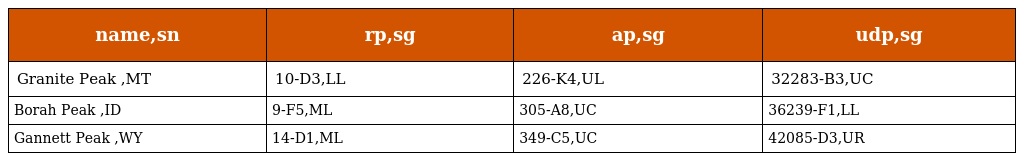
| name,sn | rp,sg | ap,sg | udp,sg |
 | --- | --- | --- | --- |
 | Granite Peak ,MT | 10-D3,LL | 226-K4,UL | 32283-B3,UC |
 | Borah Peak ,ID | 9-F5,ML | 305-A8,UC | 36239-F1,LL |
 | Gannett Peak ,WY | 14-D1,ML | 349-C5,UC | 42085-D3,UR |